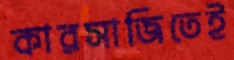
কারসাজিতেই